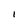
Character: I